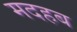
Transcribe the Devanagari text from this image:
मदहब